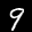
Label: 9